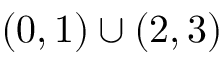
( 0 , 1 ) \cup ( 2 , 3 )